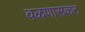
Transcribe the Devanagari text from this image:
वळणासकट